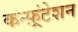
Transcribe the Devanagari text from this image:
कन्फ़्रंटेशन